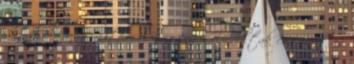
voltak. baci rasegitessel a novenyek elindultak co2 ment es